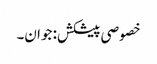
خصوصی پیشکش: جوان۔